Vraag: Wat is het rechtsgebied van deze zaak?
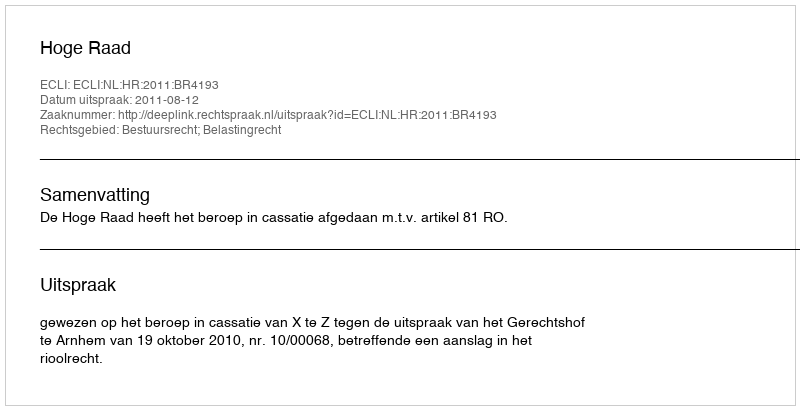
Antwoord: Bestuursrecht; Belastingrecht